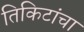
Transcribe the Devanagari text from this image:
तिकिटांचा